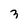
Character: 3